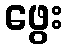
ဖွေး